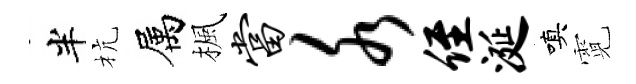
半杭属楓当水侄涎嗔霓